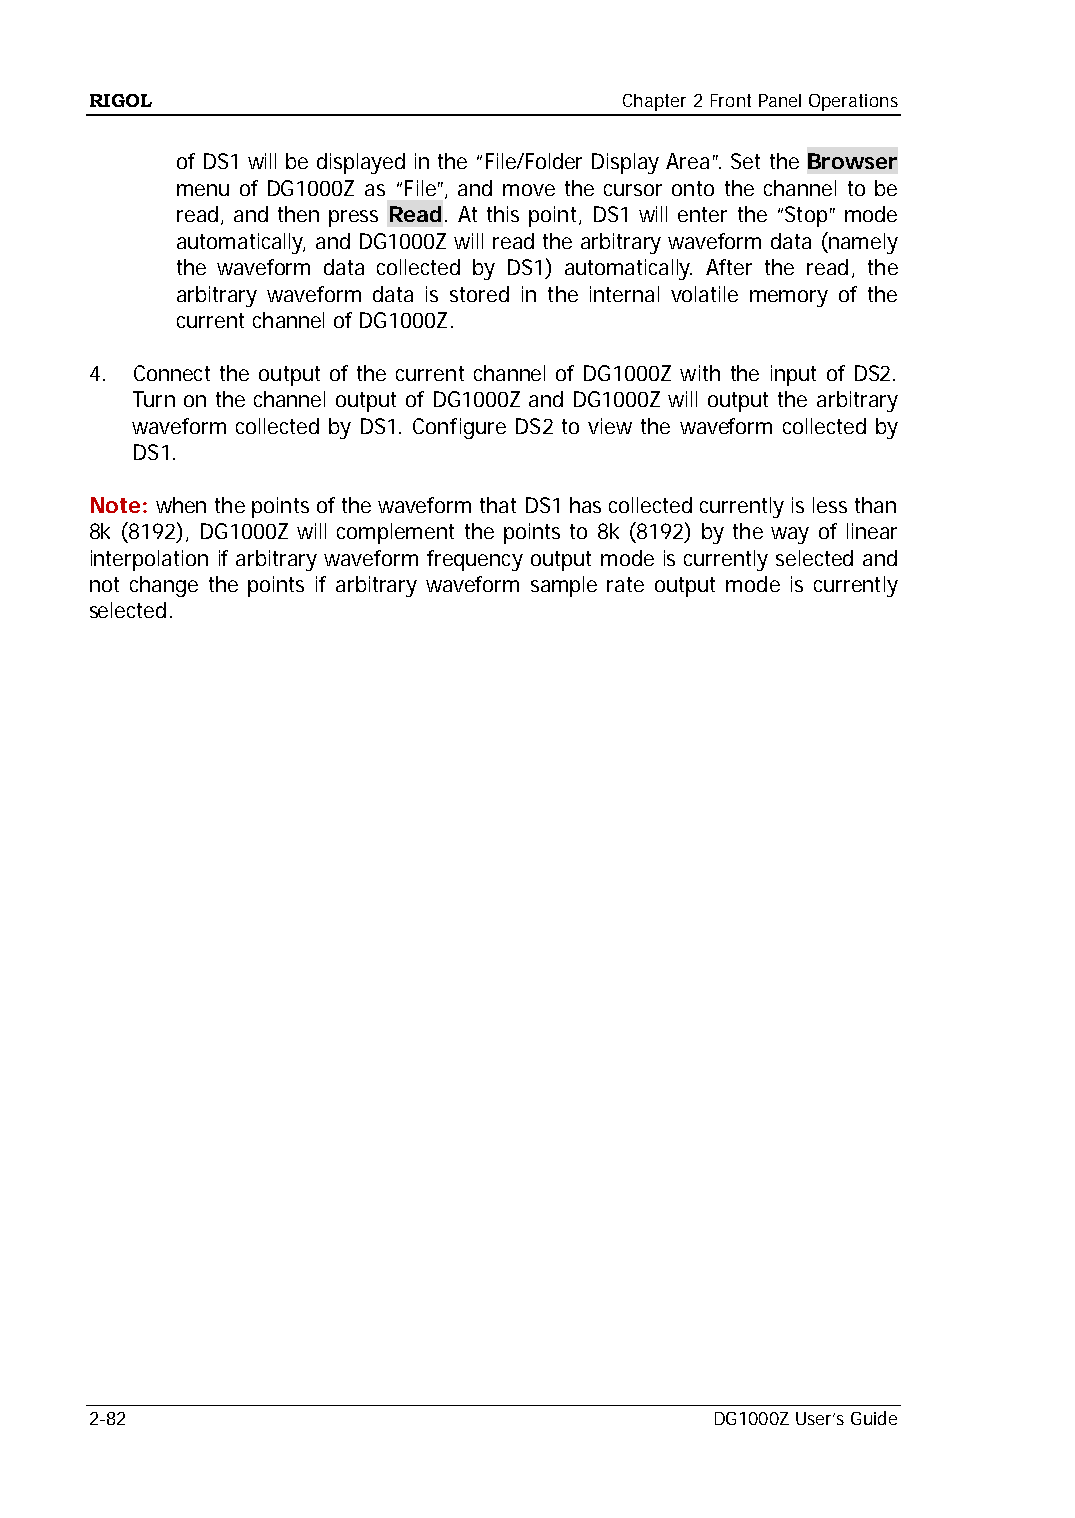
RIGOL                              Chapter 2 Front Panel Operations
 of DS1 will be displayed in the “File/Folder Display Area”. Set the Browser
 menu of DG1000Z as “File”, and move the cursor onto the channel to be
 read, and then press Read. At this point, DS1 will enter the “Stop” mode
 automatically, and DG1000Z will read the arbitrary waveform data (namely
 the waveform data collected by DS1) automatically. After the read, the
 arbitrary waveform data is stored in the internal volatile memory of the
 current channel of DG1000Z.
 4. Connect the output of the current channel of DG1000Z with the input of DS2.
 Turn on the channel output of DG1000Z and DG1000Z will output the arbitrary
 waveform collected by DS1. Configure DS2 to view the waveform collected by
 DS1.
 Note: when the points of the waveform that DS1 has collected currently is less than
 8k (8192), DG1000Z will complement the points to 8k (8192) by the way of linear
 interpolation if arbitrary waveform frequency output mode is currently selected and
 not change the points if arbitrary waveform sample rate output mode is currently
 selected.
 2-82                                     DG1000Z User’s Guide